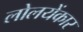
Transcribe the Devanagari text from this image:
लोलयेंकार